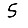
Digit: 5